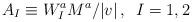
LaTeX: \begin{align*}A_{I}\equiv W_{I}^{a}M^{a}/|v|\, ,\, \, \, I=1,2\end{align*}